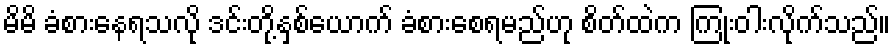
မိမိ ခံစားနေရသလို ဒင်းတို့နှစ်ယောက် ခံစားစေရမည်ဟု စိတ်ထဲက ကြုံးဝါးလိုက်သည်။